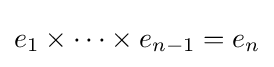
e_{1}\times \cdots \times e_{n-1}=e_{n}